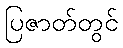
ပြဇာတ်တွင်